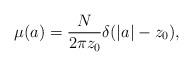
LaTeX: \begin{align*}\mu (a)=\frac{N}{2\pi z_0}\delta (|a|-z_0),\end{align*}